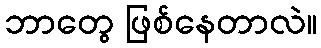
ဘာတွေ ဖြစ်နေတာလဲ။